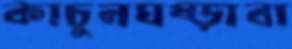
কাচুনঘষ্‌ড়াবা